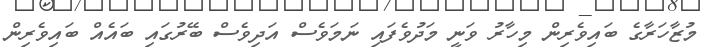
މުޒާހަރާގެ ބައިވެރިން މިހާރު ވަނީ މަދުވެފައި ނަމަވެސް އަދިވެސް ބޭރުގައި ބައެއް ބައިވެރިން